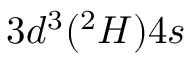
3 d ^ { 3 } ( ^ { 2 } H ) 4 s